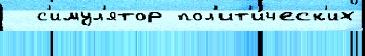
  с'имул'ятор пол'ит'и́ческ'их